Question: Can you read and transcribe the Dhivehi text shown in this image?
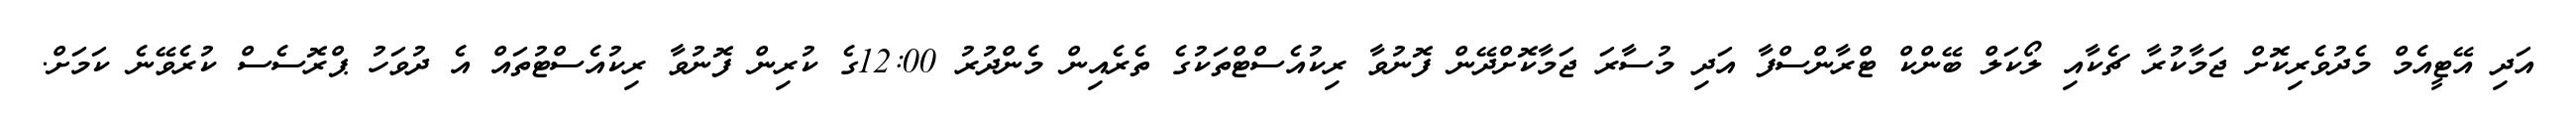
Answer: އަދި އޭޓީއެމް މެދުވެރިކޮށް ޖަމާކުރާ ޗެކާއި ލޯކަލް ބޭންކް ޓްރާންސްފާ އަދި މުސާރަ ޖަމާކޮށްދޭން ފޮނުވާ ރިކުއެސްޓްތަކުގެ ތެރެއިން މެންދުރު 12:00ގެ ކުރިން ފޮނުވާ ރިކުއެސްޓުތައް އެ ދުވަހު ޕްރޮސެސް ކުރެވޭނެ ކަމަށް.